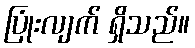
ပြုံးလျက် ရှိသည်။